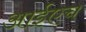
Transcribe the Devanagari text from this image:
आईएच